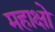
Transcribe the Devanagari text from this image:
महाक्षो